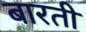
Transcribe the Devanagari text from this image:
बारती